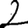
Digit: 2